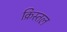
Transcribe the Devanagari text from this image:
क्रिस्तल